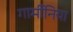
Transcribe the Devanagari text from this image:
गार्मीनिया